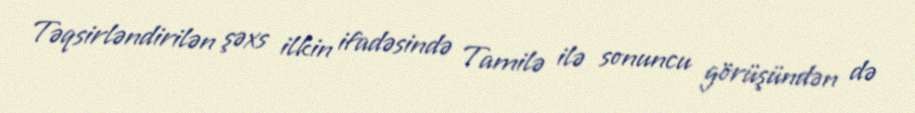
Təqsirləndirilən şəxs ilkin ifadəsində Tamilə ilə sonuncu görüşündən də